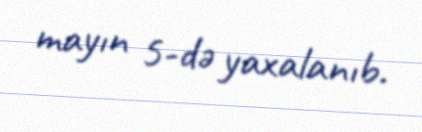
mayın 5-də yaxalanıb.